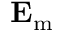
\mathbf { E _ { \mathrm { m } } }